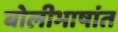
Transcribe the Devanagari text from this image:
बोलीभाषांत